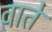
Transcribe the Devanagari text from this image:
वातें